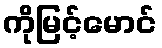
ကိုမြင့်မောင်